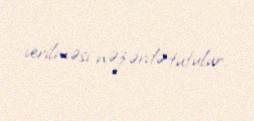
verilməsi nəzərdə tutulur.